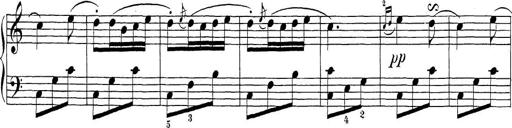
Title: Sonatina Album
Composer: Louis KÃ¶hler